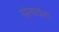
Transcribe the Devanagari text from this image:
संलाग्रंता